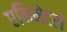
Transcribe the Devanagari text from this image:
एनिमेटरो